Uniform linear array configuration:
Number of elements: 8
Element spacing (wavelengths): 0.25
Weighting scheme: hann
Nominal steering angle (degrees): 45
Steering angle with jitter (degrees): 46.528
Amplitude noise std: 0.05
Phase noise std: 0.05

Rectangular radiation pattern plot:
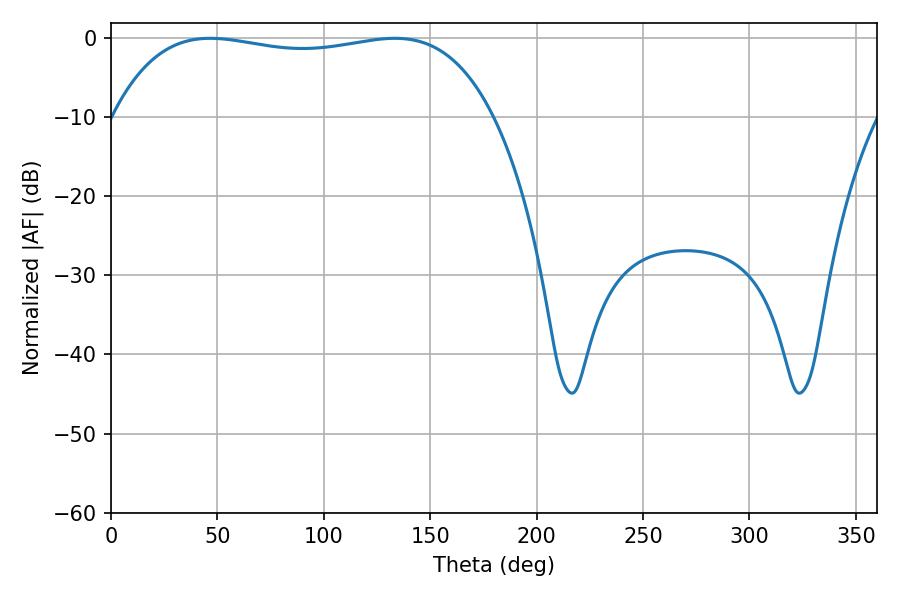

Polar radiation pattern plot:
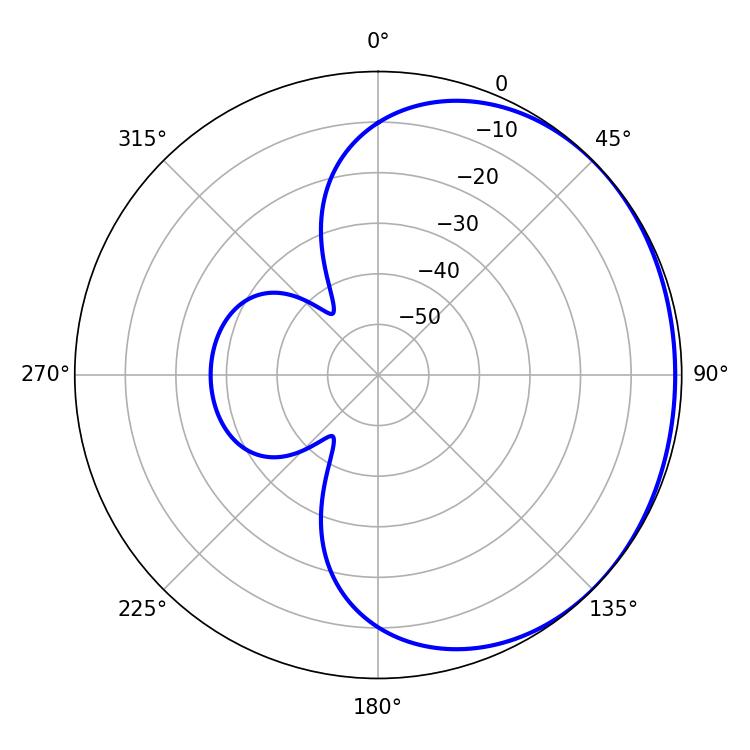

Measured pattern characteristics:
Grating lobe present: FALSE
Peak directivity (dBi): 0.8248
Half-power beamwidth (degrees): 143.28
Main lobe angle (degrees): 46.62